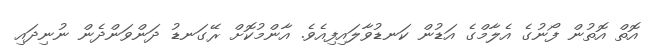
އޮތް އޮތުން ފޯނުގެ އެލާމްގެ އަޑުން ކަނޑުވާލައިފިއެވެ. އާންމުކޮށް ރޭގަނޑު ދަންވަންދެން ނުނިދައި